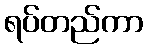
ရပ်တည်ကာ